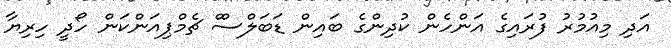
އަދި މިއުމުރު ފުރައިގެ އަންހެން ކުދިންގެ ބައިން ޑަބަލްސްް ޗެމްޕިއަންކަން ހޯދީ ހިރިޔާ